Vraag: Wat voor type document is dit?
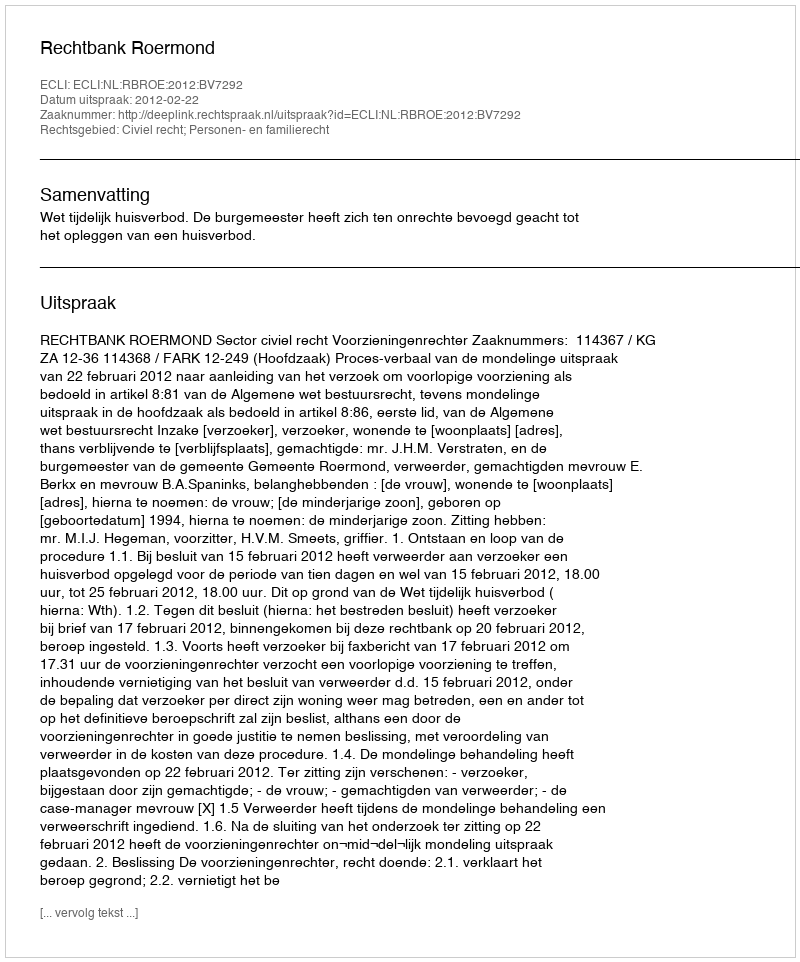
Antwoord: Uitspraak